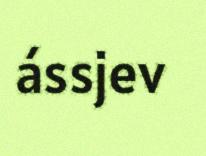
ássjev